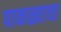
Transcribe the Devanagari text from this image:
पाकळ्याचा